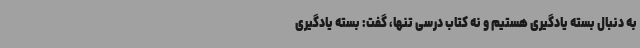
به دنبال بسته یادگیری هستیم و نه کتاب درسی تنها، گفت: بسته یادگیری